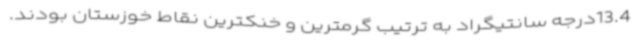
13.4درجه سانتیگراد به ترتیب گرمترین و خنکترین نقاط خوزستان بودند.